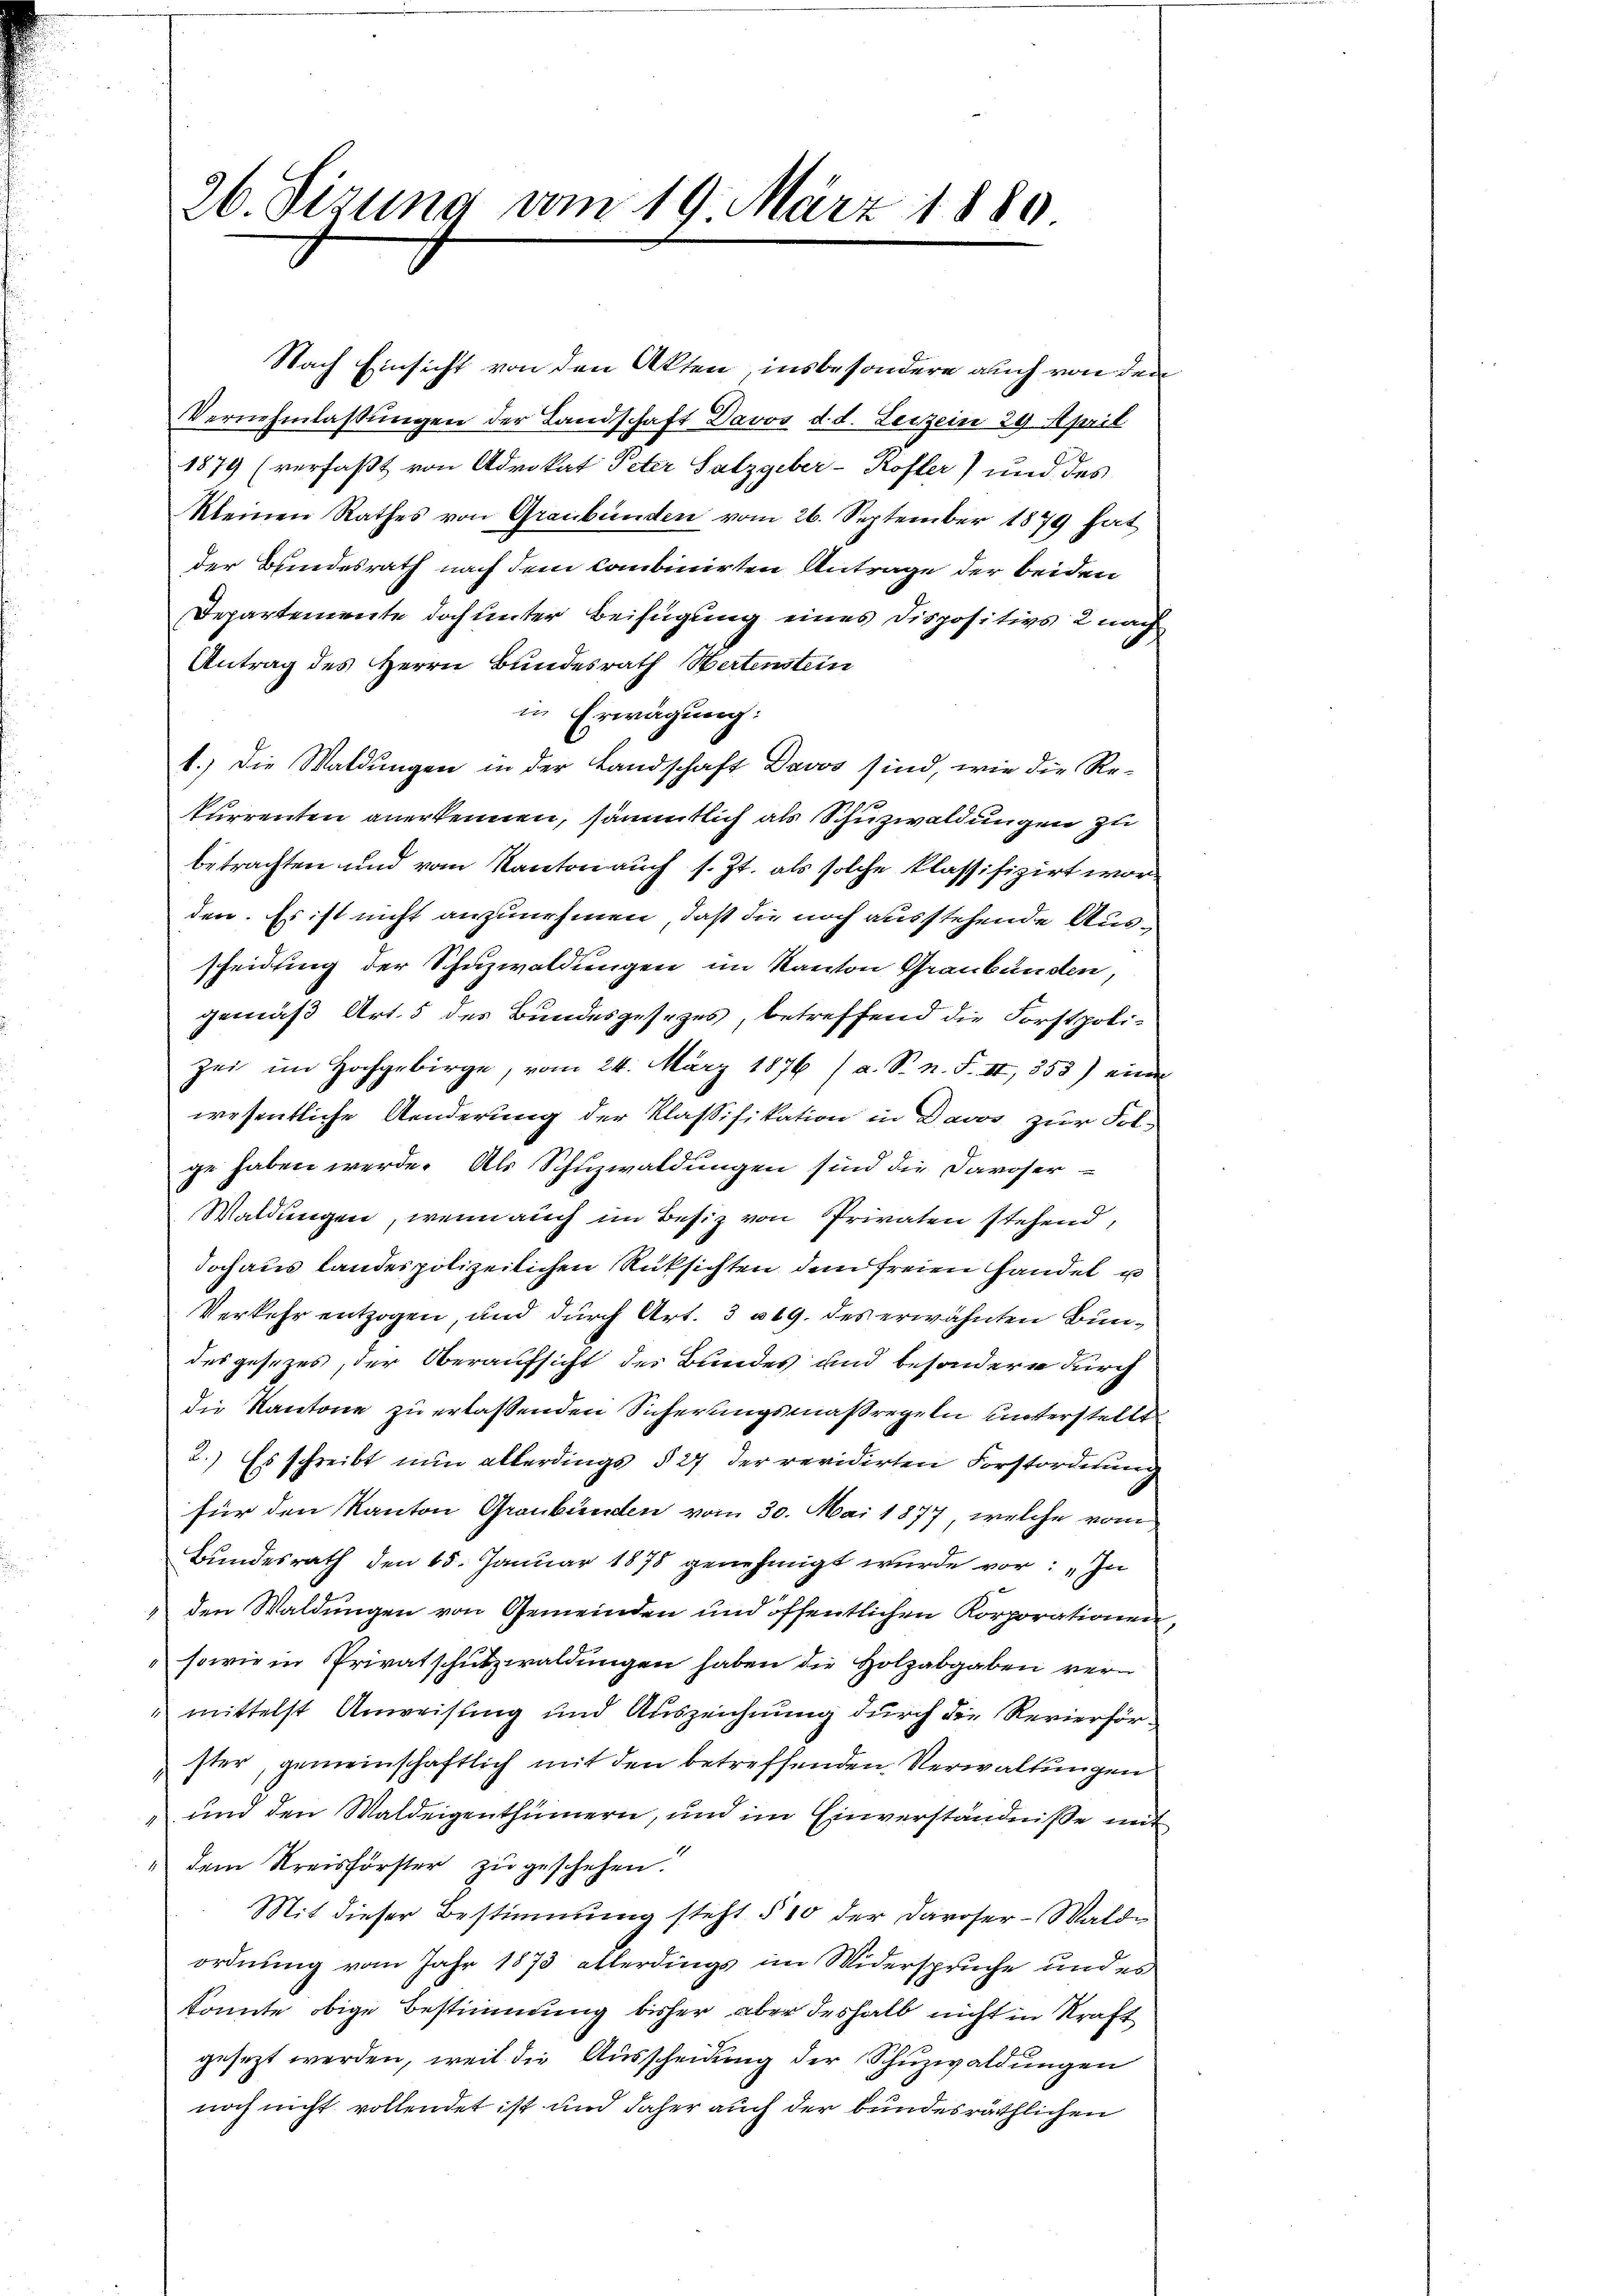
26. Sizung vom 19. März 1880.

Nach Einsicht von den Akten insbesondere auch von den
Vernehmlassŭngen der Landschaft Davos d. d. Leizein 29. April
1879 (verfaßt von Advokat Peter Salzgeber- Kofler) und des
kleinen Rathes von Graubünden vom 26. September 1879 hat
der Bundesrath nach dem Combinirten Antrage der beiden
Departemente doch unter Beifügung eines Dispositivs 2 nach
Antrag des Herrn Bundesrath Wertenstein
in Erwägung:
1.) Die Waldungen in der Landschaft Davos sind, wie die Re-
kurrenten anerkennen, sämmtlich als Schuzwaldungen zu
betrachten und vom Kanton auch s. Zt. als solche klassifizirt wor
den. Es ist nicht anzunehmen, daß die noch ausstehende Ausscheidung der Schuzwaldungen im Kanton Graubünden,
gemäß Art. 5 des Bundesgesezes, betreffend die Forstpolizei im Hochgebirge, vom 24. März 1876 (a. S. n. F. II, 355) eine
wesentliche Aenderung der Klassifikation in Davos zur Fol-
ge haben werde. Als Schuzwaldungen sind die Davoser-
Waldungen, wenn auch im Besiz von Privaten stehend,
doch aus landes polizeilichen Rüksichten dem freien handel u
Verkehr entzogen, und durch Art. 3 n 19. des erwähnten Bundes gesezes, der Oberaufsicht des Bundes und besondern durch
die Kantone zu erlassenden Sicherungsmaßregeln unterstellt
2.) Es schreibt nun allerdings § 27 der revidirten Forstordnung
für den Kanton Graubünden vom 30. Mai 1877, welche vom
Bundesrath den 45. Januar 1878 genehmigt wurde vor: „In
den Waldungen von Gemeinden und öffentlichen Korporationen,
sowie in Privatschutzwaldungen haben die Holzabgaben ver¬
" mittelst Anweisung und Auszeichnung durch die Revierförster, gemeinschaftlich mit den betreffenden Verwaltungen
" und den Waldeigenthümern, und im Einverständnisse mit
" dem Kreisförster zu geschehen.
Mit dieser Bestimmung steht § 10 der Davoser-Waldordnung vom Jahr 1873 allerdings im Widerspruche und es
konnte obige Bestimmung bisher aber deshalb nicht in Kraft
gesezt werden, weil die Ausscheidung der Schuzwaldungen
noch nicht vollendet ist und daher auch der bundesräthlichen